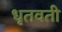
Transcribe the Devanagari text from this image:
धृतवती